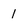
Character: 1